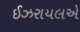
ઈઝરાયલએ